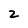
Character: 2